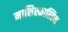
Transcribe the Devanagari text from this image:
माशिश्कात्सिन